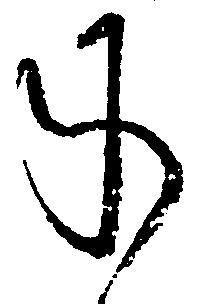
承